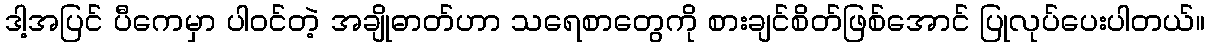
ဒါ့အပြင် ပီကေမှာ ပါဝင်တဲ့ အချိုဓာတ်ဟာ သရေစာတွေကို စားချင်စိတ်ဖြစ်အောင် ပြုလုပ်ပေးပါတယ်။